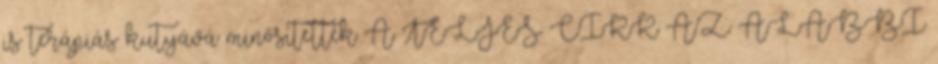
is terápiás kutyává minősítették A TELJES CIKK AZ ALÁBBI